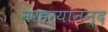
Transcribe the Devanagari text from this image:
नरहर्यानन्द